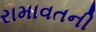
રામાવતની